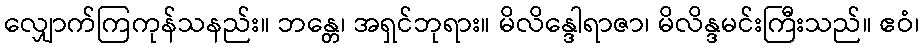
လျှောက်ကြကုန်သနည်း။ ဘန္တေ၊ အရှင်ဘုရား။ မိလိန္ဒေါရာဇာ၊ မိလိန္ဒမင်းကြီးသည်။ ဧဝံ၊